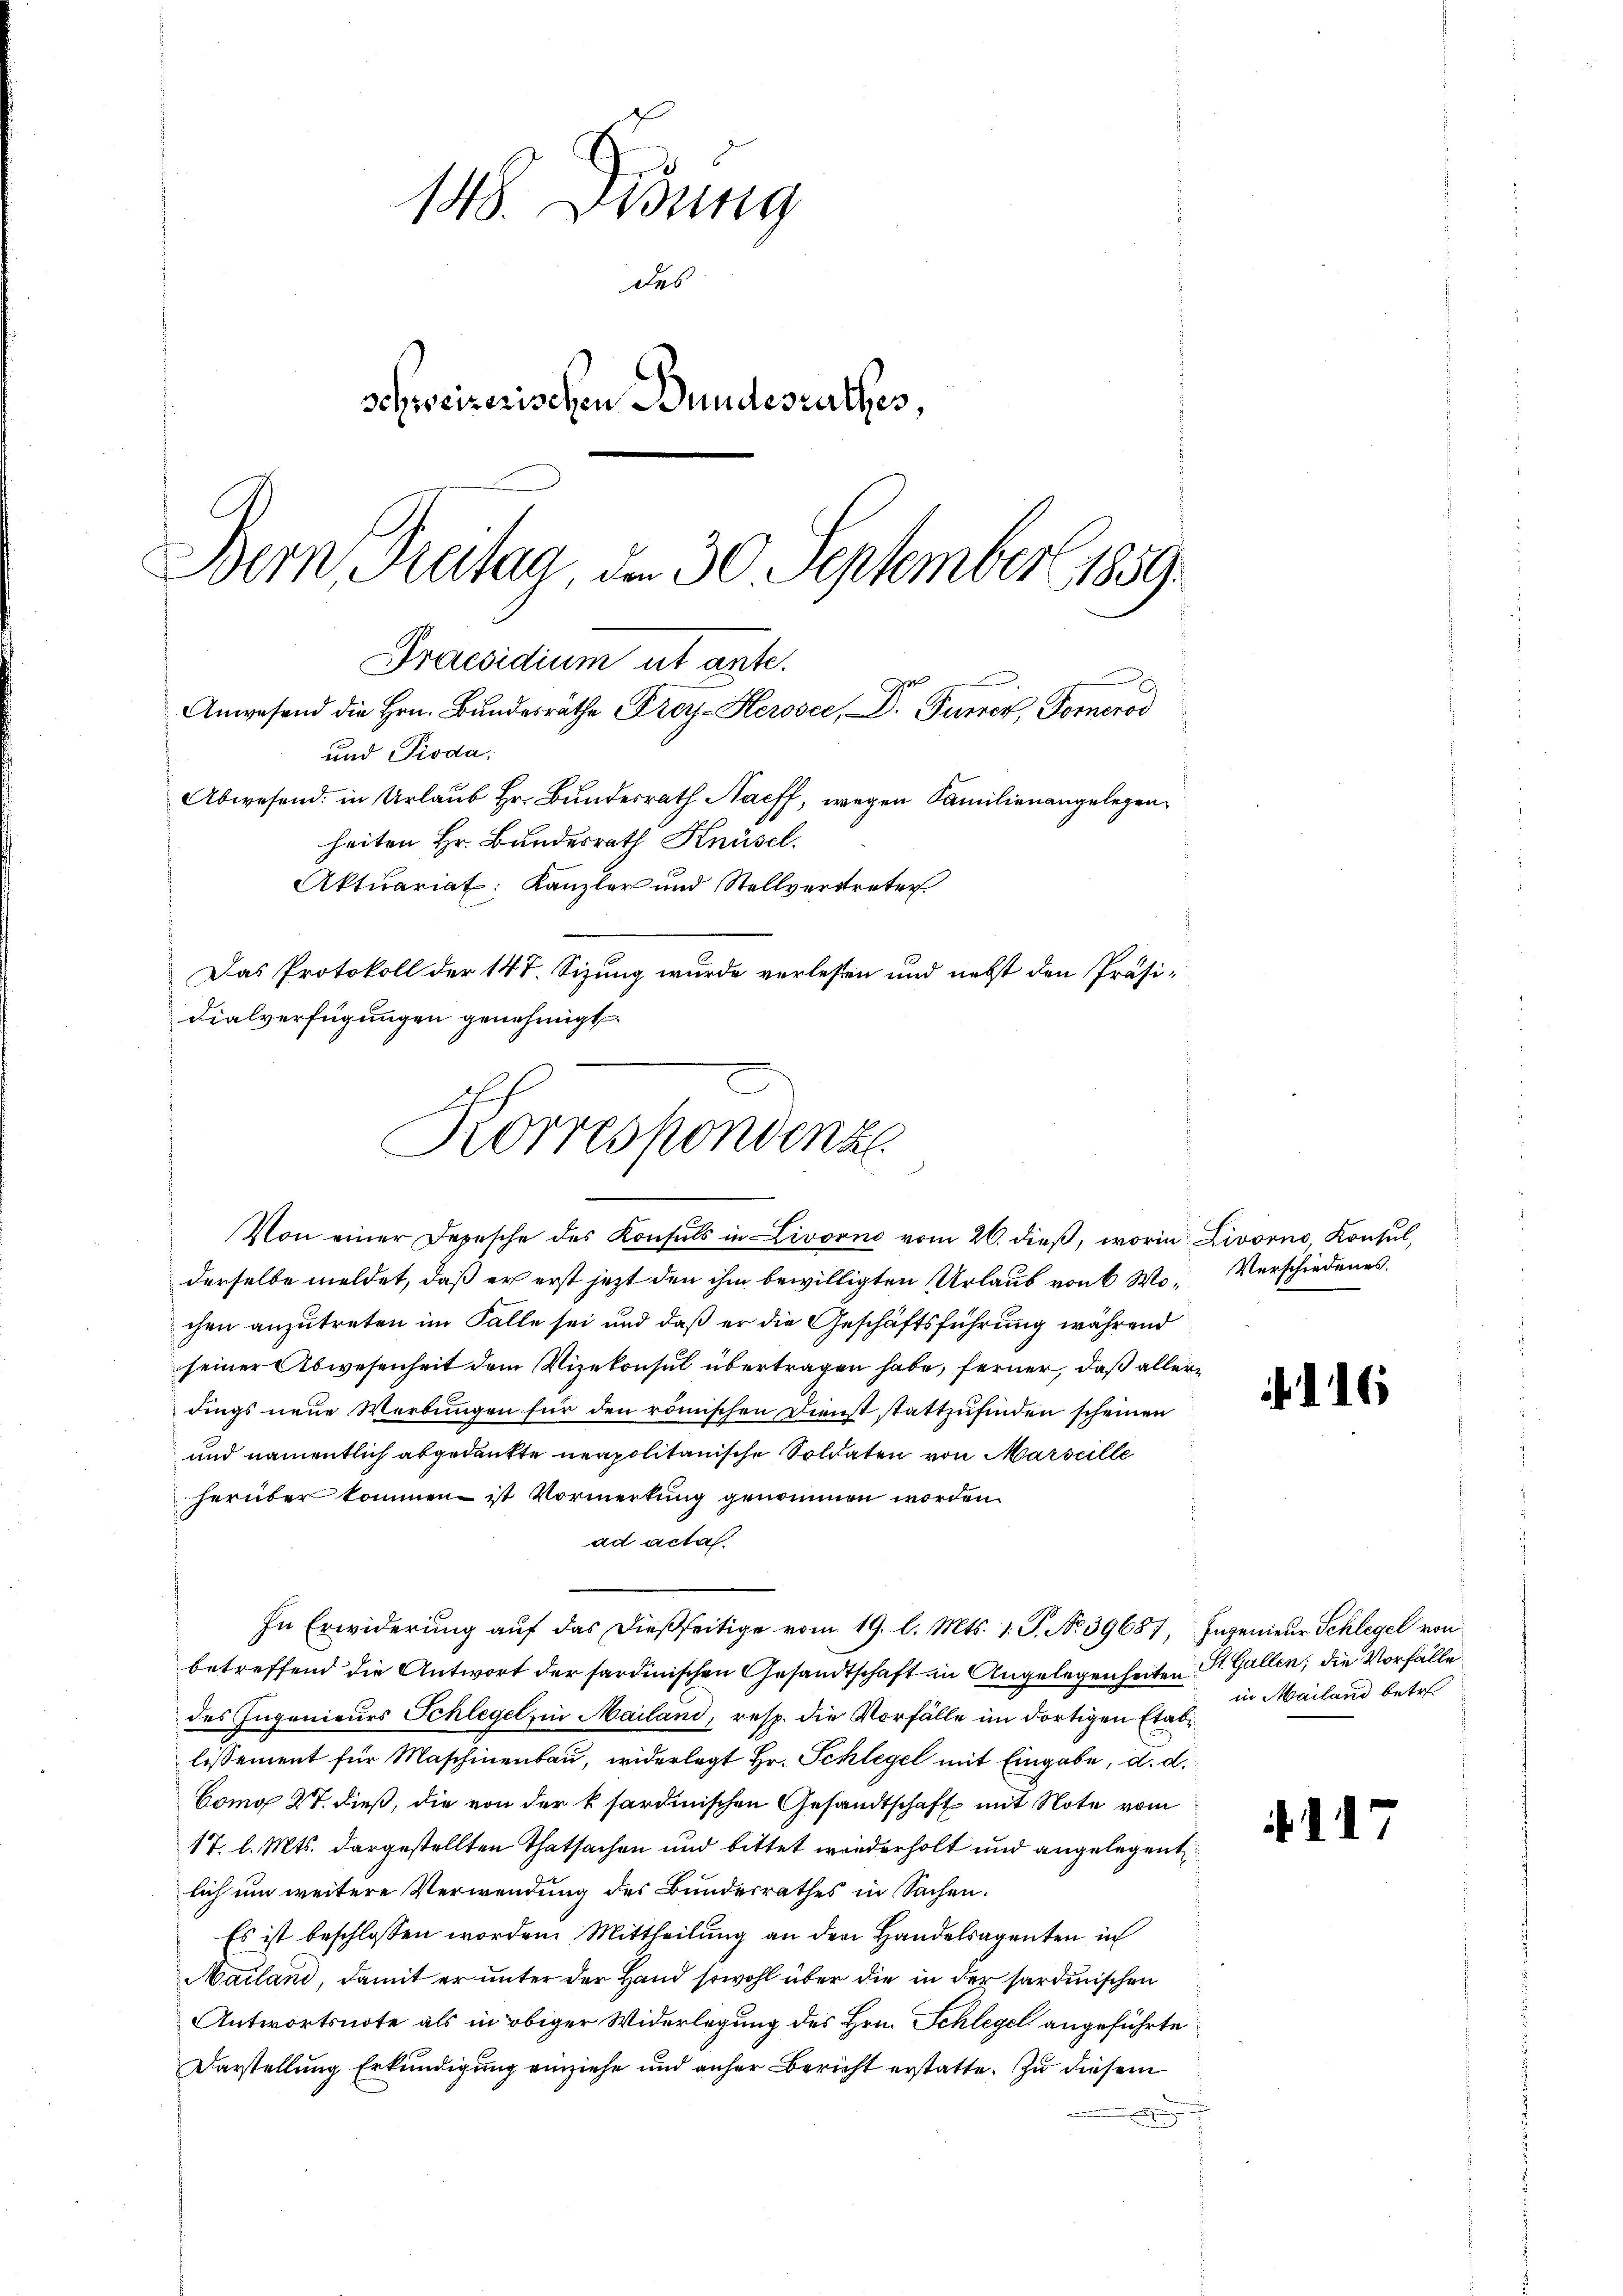
148. Didung
des
schweizerischen Bundesrathes,
Bern Treitag, den 30. September 1859.
Praesidium ut ante.
Anwesend die Hrn. Bŭndesräthe Prey-Heroser, D. Furrer, Formerod

und Pioda.

Abwesend: in Urlaub Hr. Bundesrath Naeff, wegen Familienangelegen
heiten Hr. Bundesrath Knüsel.
Aktuariat: Kanzler und Stellvertreter
Das Protokoll der 147. Sizung wurde verlesen und nebst den Präsi-
dialverfügungen genehmigt.

Korrespondenze
Von einer Depesche des Konsuls in Livorno vom 26. dieß, worin Livorno, Konsul,

derselbe meldet, daß er erst jetzt den ihm bewilligten Urlaub von 6 Wo-Verschiedenes.
chen anzutreten im Falle sei und daß er die Geschäftsführung während
seiner Abwesenheit dem Vizekonsul übertragen habe, ferner, daß allerdings neue Werbungen für den römischen Dienst stattzufinden scheinen
und namentlich abgedankte neapolitanische Soldaten von Marseille
herüber kommen ist Vormerkung genommen worden.
ad acta
In Erwiderung auf das dießseitige vom 19. l. Mts. 1. J. No. 39687, Ingenieur Schlegel von
betreffend die Antwort der sardinischen Gesandtschaft in Angelegenheiten St. Gallen; die Vorfälle
des Ingenieurs Schlegel, in Mailand, resp. die Vorfälle im dortigen Etablissement für Maschinenbau, widerlegt Hr. Schlegel mit Eingabe, d. d.
Como 27. dieß, die von der k sardinischen Gesandtschaft mit Note vom
17. l. Mts. dargestellten Thatsachen und bittet wiederholt und angelegent
lich um weitere Verwendung des Bundesrathes in Sachen.
Es ist beschlossen worden. Mittheilung an den Handelsagenten in
Mailand, damit er unter der Hand sowohl über die in der sardinischen
Antwortsnote als in obiger Widerlegung des Hrn. Schlegel angeführte
Darstellung Erkundigung einziehe und anher Bericht erstatte. Zu diesem

16

in Mailand betr.

1